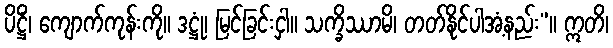
ပိဋ္ဌိံ၊ ကျောက်ကုန်းကို။ ဒဋ္ဌုံ၊ မြင်ခြင်းငှါ။ သက္ခိဿာမိ၊ တတ်နိုင်ပါအံ့နည်း”။ ဣတိ၊